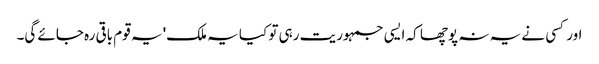
اور کسی نے یہ نہ پوچھا کہ ایسی جمہوریت رہی تو کیا یہ ملک' یہ قوم باقی رہ جائے گی۔